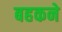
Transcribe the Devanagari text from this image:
बहकने